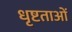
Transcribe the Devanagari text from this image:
धृष्टताओं